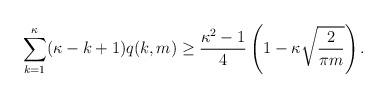
LaTeX: \begin{align*}\sum_{k=1}^\kappa (\kappa-k+1) q(k,m) \ge \frac{\kappa^2-1}{4} \left(1 - \kappa \sqrt{\frac{2}{\pi m}}\right).\end{align*}